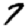
Digit: 7